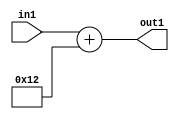
`timescale 1ps / 1ps
/*****************************************************************************
    Verilog RTL Description
    
    
    Created by: Stratus DpOpt 21.05.01 
*******************************************************************************/

module SobelFilter_Add_5U_29_4 (
	in1,
	out1
	); /* architecture "behavioural" */ 
input [4:0] in1;
output [4:0] out1;
wire [4:0] asc001;

assign asc001 = 
	+(in1)
	+(5'B10010);

assign out1 = asc001;
endmodule

/* CADENCE  urn0Sg0= : u9/ySxbfrwZIxEzHVQQV8Q== ** DO NOT EDIT THIS LINE ******/